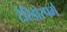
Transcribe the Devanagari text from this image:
टैरिडोस्पर्म